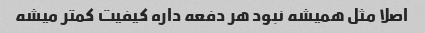
اصلا مثل همیشه نبود هر دفعه داره کیفیت کمتر میشه